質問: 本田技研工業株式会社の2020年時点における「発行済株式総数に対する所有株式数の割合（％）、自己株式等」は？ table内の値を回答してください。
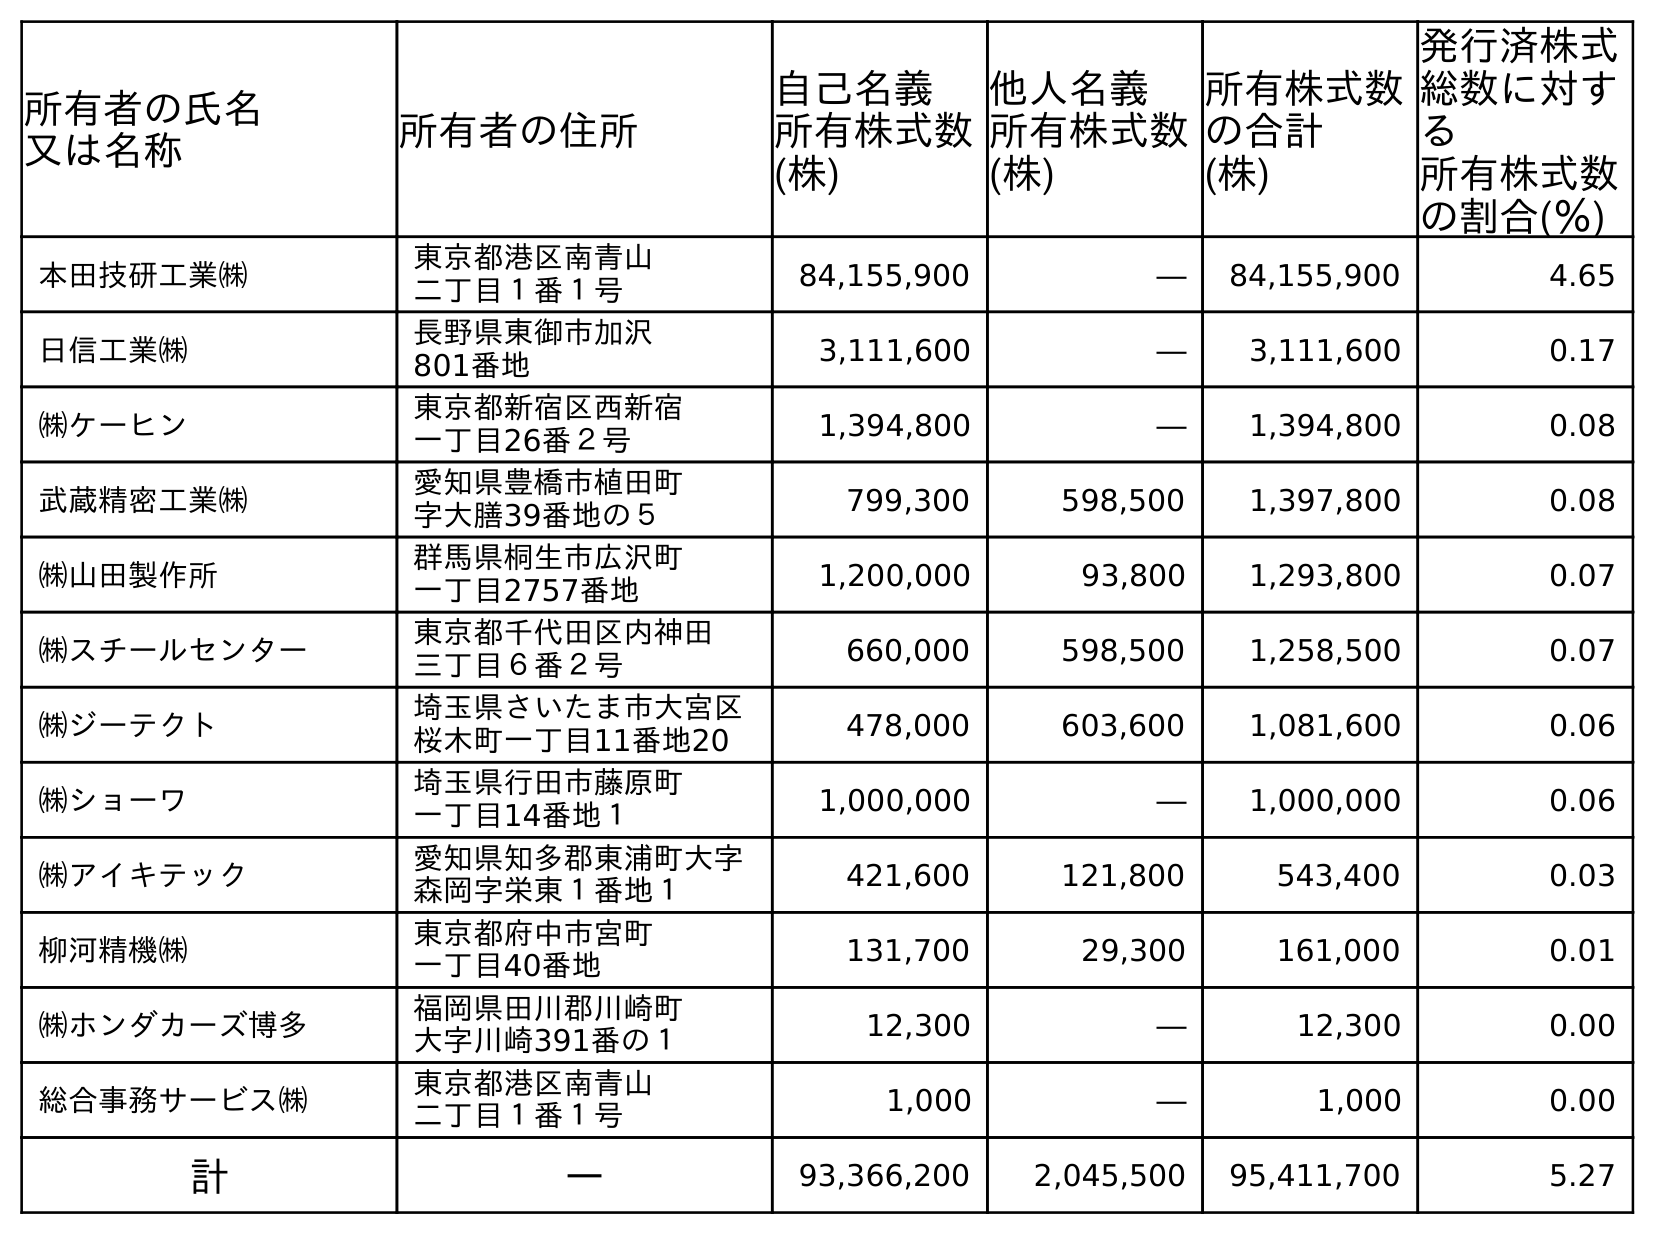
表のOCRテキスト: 所有者の氏名 又は名称 所有者の住所 自己名義 所有株式数 (株) 他人名義 所有株式数 (株) 所有株式数 の合計 (株) 発行済株式 総数に対す る 所有株式数 の割合(％) 本田技研工業㈱ 東京都港区南青山 二丁目１番１号 84,155,900 ― 84,155,900 4.65 日信工業㈱ 長野県東御市加沢 801番地 3,111,600 ― 3,111,600 0.17 ㈱ケーヒン 東京都新宿区西新宿 一丁目26番２号 1,394,800 ― 1,394,800 0.08 武蔵精密工業㈱ 愛知県豊橋市植田町 字大膳39番地の５ 799,300 598,500 1,397,800 0.08 ㈱山田製作所 群馬県桐生市広沢町 一丁目2757番地 1,200,000 93,800 1,293,800 0.07 ㈱スチールセンター 東京都千代田区内神田 三丁目６番２号 660,000 598,500 1,258,500 0.07 ㈱ジーテクト 埼玉県さいたま市大宮区 桜木町一丁目11番地20 478,000 603,600 1,081,600 0.06 ㈱ショーワ 埼玉県行田市藤原町 一丁目14番地１ 1,000,000 ― 1,000,000 0.06 ㈱アイキテック 愛知県知多郡東浦町大字 森岡字栄東１番地１ 421,600 121,800 543,400 0.03 柳河精機㈱ 東京都府中市宮町 一丁目40番地 131,700 29,300 161,000 0.01 ㈱ホンダカーズ博多 福岡県田川郡川崎町 大字川崎391番の１ 12,300 ― 12,300 0.00 総合事務サービス㈱ 東京都港区南青山 二丁目１番１号 1,000 ― 1,000 0.00 計 ― 93,366,200 2,045,500 95,411,700 5.27
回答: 5.27